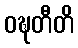
ဝဍ္ဎတီတိ